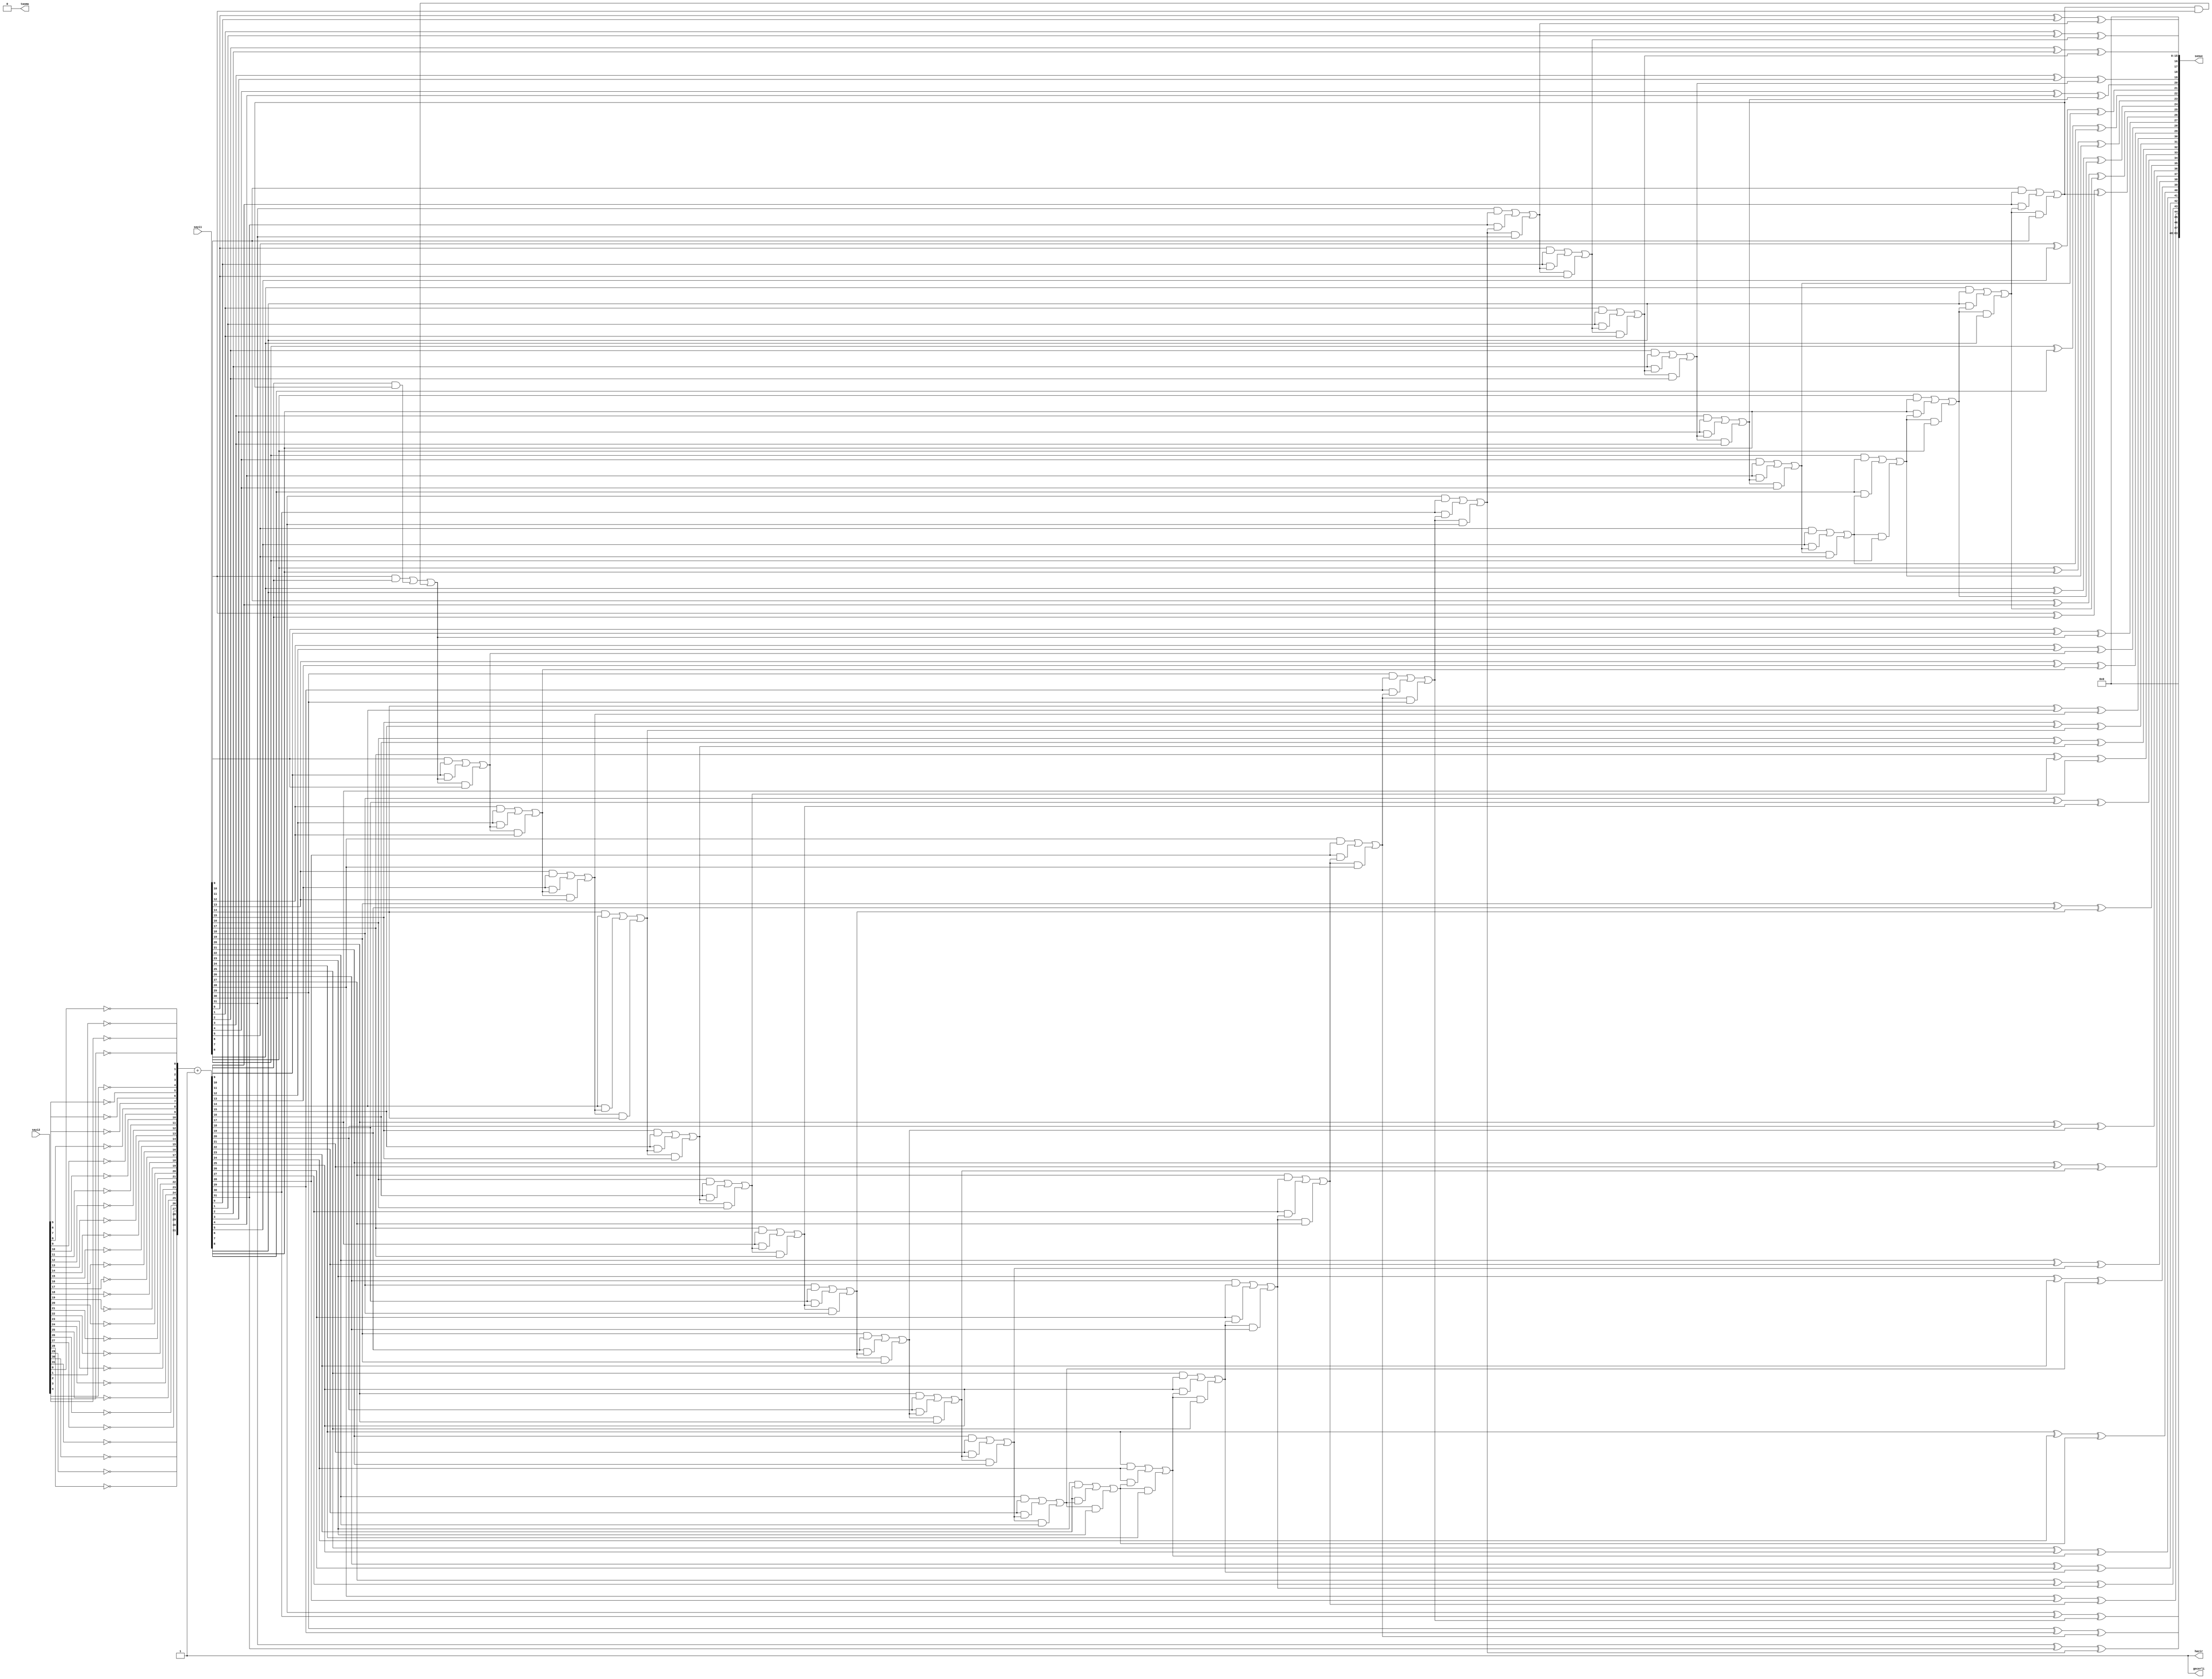
`timescale 1ns / 1ps


module cikarma(sayi1,
    sayi2,
    sonuc,
    tasma,
    hazir,
    gecerli
    
);
   
    input [31:0] sayi1, sayi2;
    
    output reg [63:0] sonuc;
    
    output reg tasma = 1'b0;
    output reg hazir = 1'b0;
    output reg gecerli = 1'b0;
    reg [64:0] ara_deger;
    reg carry= 1'b0;
    reg [31:0] complement;
    
    integer i;
    
    always @(sayi1 or sayi2)
    begin
        for(i=0 ; i<32 ; i = i+1) begin// sayi1'den sayi2 yi cikarmak icin sayi2'nin 2'ye tumleyeni alinmistir
            complement[i] = ~(sayi2[i]);
        end
        
        complement = (complement)+1;
        
        for(i=0 ; i<65 ; i = i+1) begin
            ara_deger[i] = 0;
        end
      
      
        for (i=0; i<32; i =i+1)//sayi2'nin tumleyeni alindiktan sonra toplama modulunde kullanilan islemler yapilmistir
        begin
            ara_deger[i+16] = (sayi1[i]^complement[i])^carry;
            tasma = (sayi1[i]&complement[i])|(complement[i]&carry)|(carry&sayi1[i]);
            carry = tasma;
        end
        sonuc = ara_deger[63:0];
        tasma=0;//cikarma isleminde bir tasma durumu olmadigindan tasma 0 a esitlenmistir
        hazir=1;//islem bitince ana module gondermek uzere hazir ve gecerli cikisi mantik 1 
        gecerli=1;
    
    
    
    end


endmodule